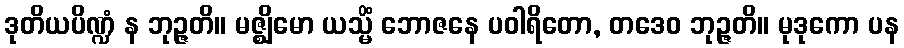
ဒုတိယပိဏ္ဍံ န ဘုဉ္ဇတိ။ မဇ္ဈိမော ယသ္မိံ ဘောဇနေ ပဝါရိတော, တဒေဝ ဘုဉ္ဇတိ။ မုဒုကော ပန